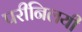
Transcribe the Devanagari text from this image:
परीनिलयी